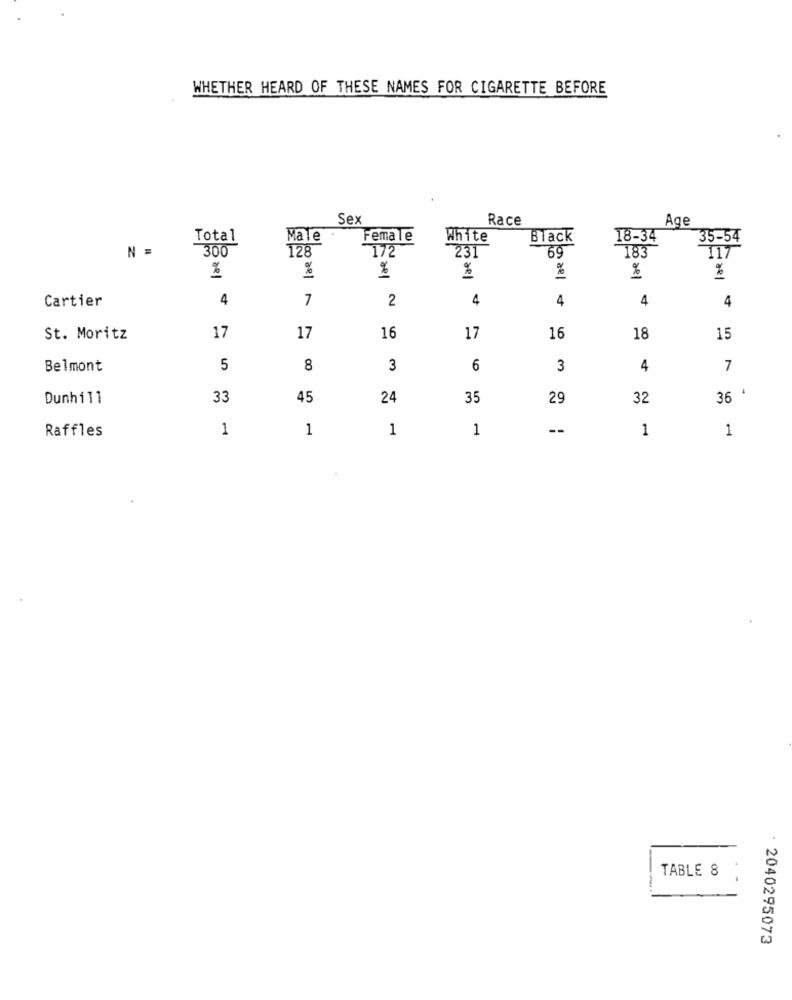
WHETHER HEARD OF THESE NAMES FOR CIGARETTE BEFORE
Sex
Race
Age
Total
Male
Female
White
Black
18-34
35-54
N =
300
128
172
231
69
117
183
%
%
%
%
%
Cartier
4
7
2
4
4
4
4
17
St. Moritz
17
16
17
16
18
15
Belmont
5
8
3
6
3
4
7
Dunhill
33
45
24
35
29
32
36 '
1
1
1
1
--
1
1
Raffles
TABLE 8
: 2040295073